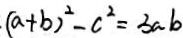
( a + b ) ^ { 2 } - c ^ { 2 } = 3 a b